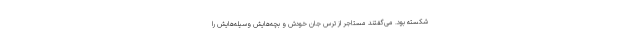
شکسته بود. می‌گفتند مستاجر از ترس جان خودش و بچه‌هایش وسیله‌هایش را